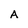
Character: A